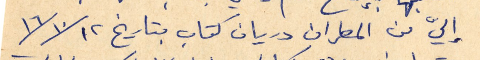
إليّ من المطران دريان كتاب بتاريخ ١٢ /١٠/ ١٦